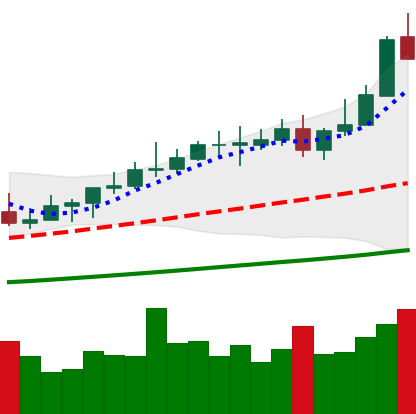
Ticker: XMR-USD
Chart end date: 2021-04-12
Forward return: 16.467%
Label: up_7plus